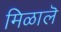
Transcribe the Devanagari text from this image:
मिळालॆ